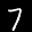
Label: 7